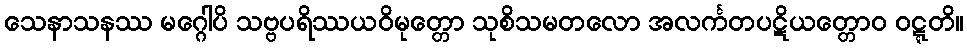
သေနာသနဿ မဂ္ဂေါပိ သဗ္ဗပရိဿယဝိမုတ္တော သုစိသမတလော အလင်္ကတပဋိယတ္တောဝ ဝဋ္ဋတိ။